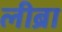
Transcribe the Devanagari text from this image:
लीब्रा